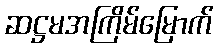
ဆဋ္ဌမအကြိမ်မြောက်